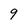
Character: 9